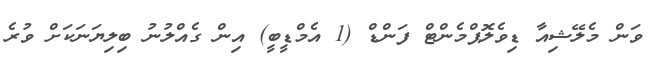
ވަން މެލޭޝިއާ ޑިވެލޮޕްމެންޓް ފަންޑް (1 އެމްޑީބީ) އިން ގެއްލުނު ބިލިޔަނަކަށް ވުރެ